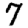
Digit: 7